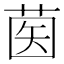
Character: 𦱵